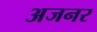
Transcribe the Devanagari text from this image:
अजनर